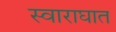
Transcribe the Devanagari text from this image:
स्वाराघात